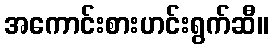
အကောင်းစားဟင်းရွက်ဆီ။